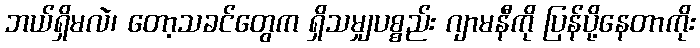
ဘယ်ရှိမလဲ၊ တော့သခင်တွေက ရှိသမျှပစ္စည်း ဂျာမနီကို ပြန်ပို့နေတာကိုး